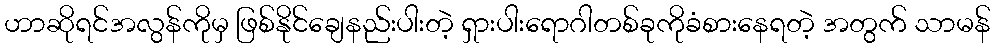
ဟာဆိုရင်အလွန်ကိုမှ ဖြစ်နိုင်ချေနည်းပါးတဲ့ ရှားပါးရောဂါတစ်ခုကိုခံစားနေရတဲ့ အတွက် သာမန်